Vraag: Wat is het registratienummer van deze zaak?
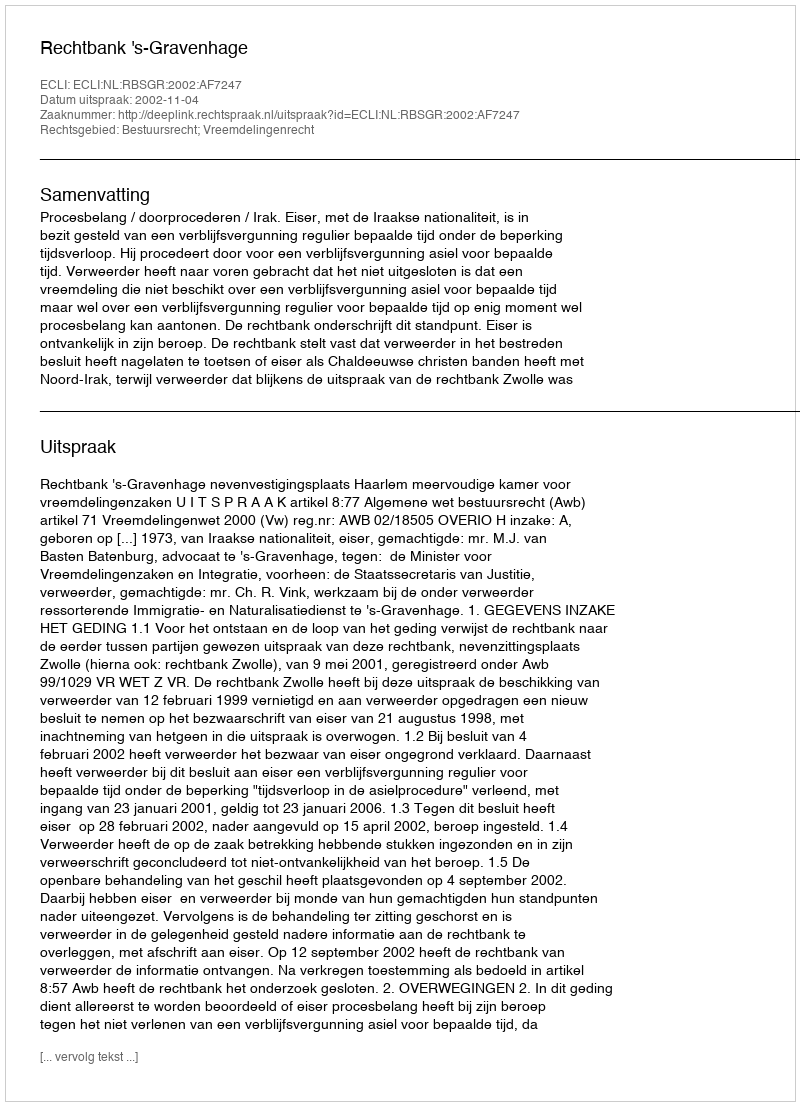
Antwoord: http://deeplink.rechtspraak.nl/uitspraak?id=ECLI:NL:RBSGR:2002:AF7247